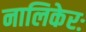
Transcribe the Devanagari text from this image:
नालिकेरः